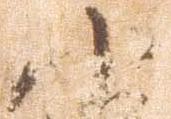
小